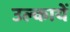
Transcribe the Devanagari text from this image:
उल्कायें